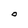
Character: O